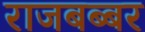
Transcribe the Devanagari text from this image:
राजबब्बर